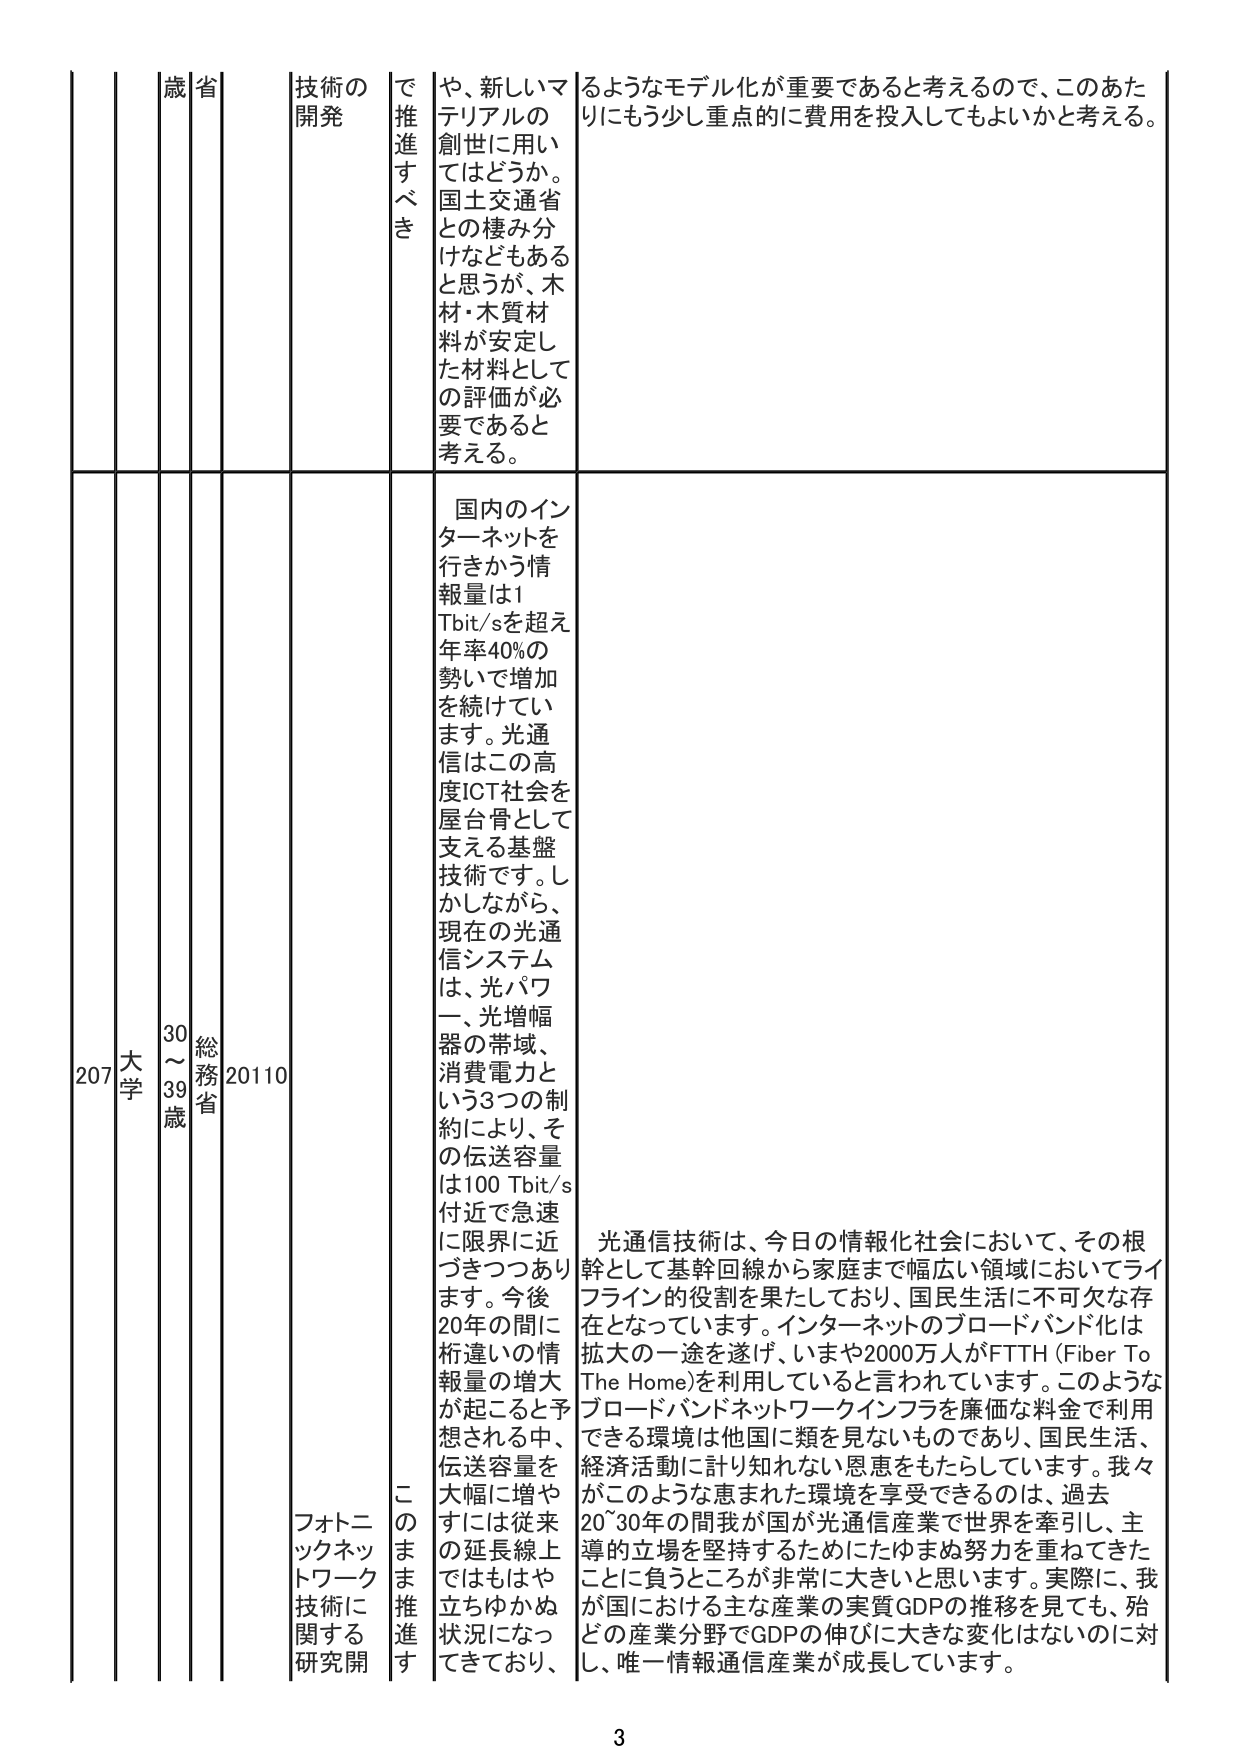
207 大学 30～39歳 総務省 20110 フォトニックネットワーク技術に関する研究開 このまま推進す で推進すべき 技術の開発 や、新しいマテリアルの創世に用いてはどうか。国土交通省との棲み分けなどもあると思うが、木材・木質材料が安定した材料としての評価が必要であると考える。 るようなモデル化が重要であると考えるので、このあたりにもう少し重点的に費用を投入してもよいかと考える。 国内のインターネットを行きかう情報量は1 Tbit/sを超え年率40%の勢いで増加を続けています。光通信はこの高度ICT社会を屋台骨として支える基盤技術です。しかしながら、現在の光通信システムは、光パワー、光増幅器の帯域、消費電力という3つの制約により、その伝送容量は100 Tbit/s付近で急速に限界に近づきつつあります。今後20年の間に桁違いの情報量の増大が起こると予想される中、伝送容量を大幅に増やすには従来の延長線上ではもはや立ちゆかぬ状況になってきており、 光通信技術は、今日の情報化社会において、その根幹として基幹回線から家庭まで幅広い領域においてライフライン的役割を果たしており、国民生活に不可欠な存在となっています。インターネットのブロードバンド化は拡大の一途を遂げ、いまや2000万人がFTTH (Fiber To The Home)を利用していると言われています。このようなブロードバンドネットワークインフラを廉価な料金で利用できる環境は他国に類を見ないものであり、国民生活、経済活動に計り知れない恩恵をもたらしています。我々がこのような恵まれた環境を享受できるのは、過去20～30年の間我が国が光通信産業で世界を牽引し、主導的立場を堅持するためにたゆまぬ努力を重ねてきたことに負うところが非常に大きいと思います。実際に、我が国における主な産業の実質GDPの推移を見ても、殆どの産業分野でGDPの伸びに大きな変化はないのに対し、唯一情報通信産業が成長しています。 3